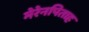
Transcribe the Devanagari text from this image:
मेरेनपिताह